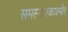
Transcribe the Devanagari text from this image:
समस्या।काश्मीर